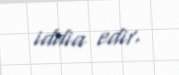
iddia edir.